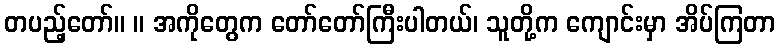
တပည့်တော်။ ။ အကိုတွေက တော်တော်ကြီးပါတယ်၊ သူတို့က ကျောင်းမှာ အိပ်ကြတာ